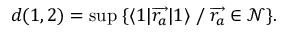
d ( 1 , 2 ) = \operatorname * { s u p } \; \{ \langle 1 | { \overrightarrow { r _ { a } } } | 1 \rangle \; / \; { \overrightarrow { r _ { a } } } \in \mathcal { N } \} .